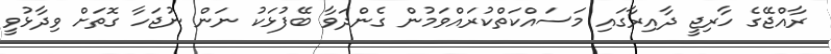
ރާއްޖޭގެ ހާރިޖީ ދާއިރާގައި މަސައްކަތްކުރައްވަމުން ގެންދަވާ ބޭފުޅަކު ނަން ނުޖަހާ ގޮތަށް ވިދާޅުވީ